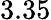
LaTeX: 3.35